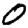
Digit: 0